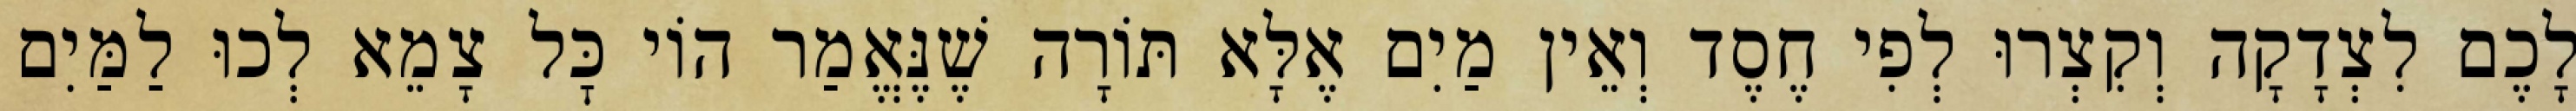
לָכֶם לִצְדָקָה וְקִצְרוּ לְפִי חֶסֶד וְאֵין מַיִם אֶלָּא תּוֹרָה שֶׁנֶּאֱמַר הוֹי כׇּל צָמֵא לְכוּ לַמַּיִם